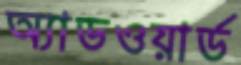
অ্যাডওয়ার্ড